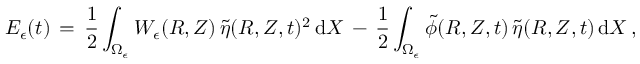
E _ { \epsilon } ( t ) \, = \, \frac 1 2 \int _ { \Omega _ { \epsilon } } W _ { \epsilon } ( R , Z ) \, \tilde { \eta } ( R , Z , t ) ^ { 2 } \, \mathrm { d } X \, - \, \frac 1 2 \int _ { \Omega _ { \epsilon } } \tilde { \phi } ( R , Z , t ) \, \tilde { \eta } ( R , Z , t ) \, \mathrm { d } X \, ,